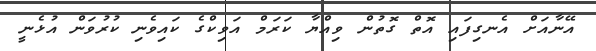
އޭނާއަށް އެނގިފައި އޮތް ގޮތުން ވިއްޔާ ކަރަމް އަވިކްގެ ކައިވެނި ކުރުވަން އުޅެނީ